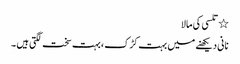
٭ تلسی کی مالا
نانی دیکھنے میں بہت کڑک ، بہت سخت لگتی ہیں ۔